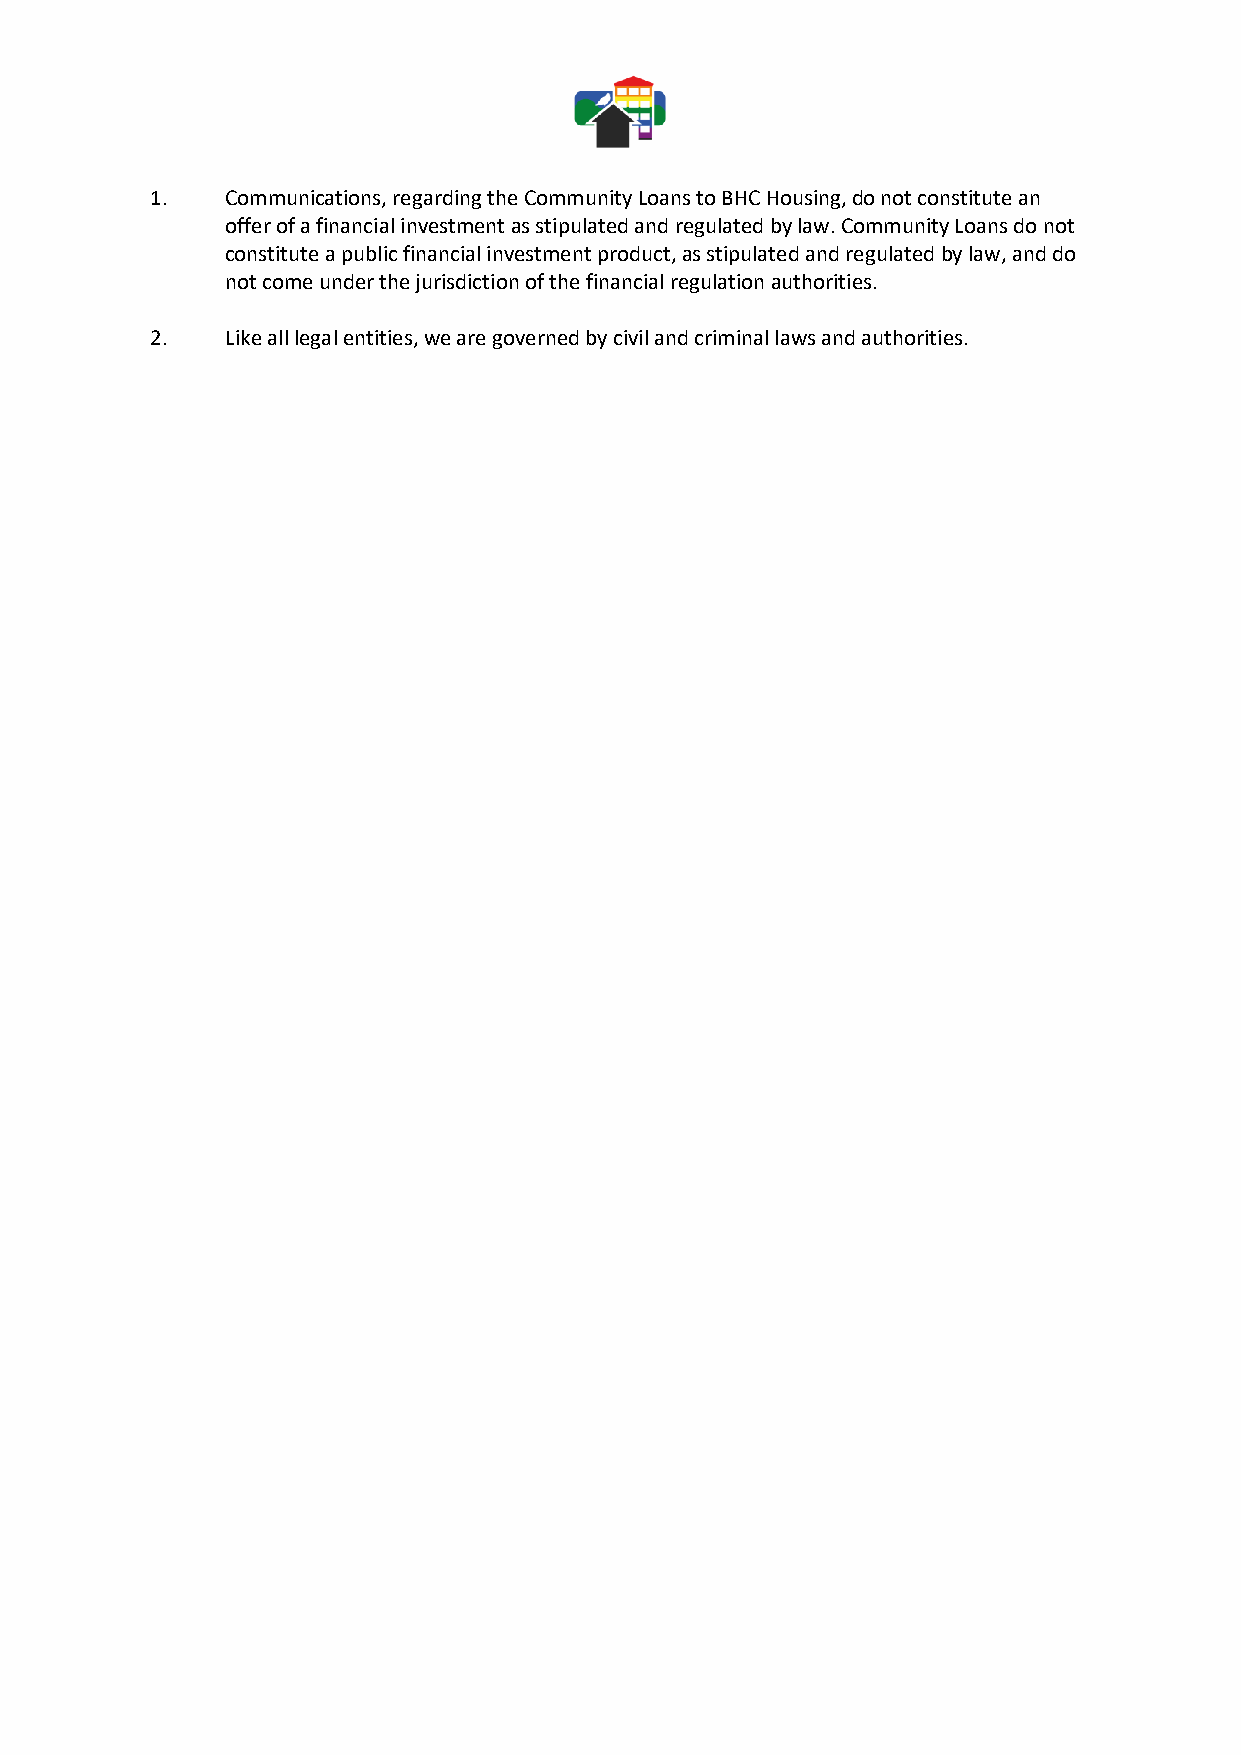
1.   Communications, regarding the Community Loans to BHC Housing, do not constitute an
 offer of a financial investment as stipulated and regulated by law. Community Loans do not
 constitute a public financial investment product, as stipulated and regulated by law, and do
 not come under the jurisdiction of the financial regulation authorities.
 2.   Like all legal entities, we are governed by civil and criminal laws and authorities.